画像に写った文字を読んでください
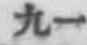
「九一」と書いてあります